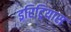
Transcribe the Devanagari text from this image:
इरिट्रियास